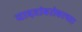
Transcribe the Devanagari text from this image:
यादवांबरोबरच्या